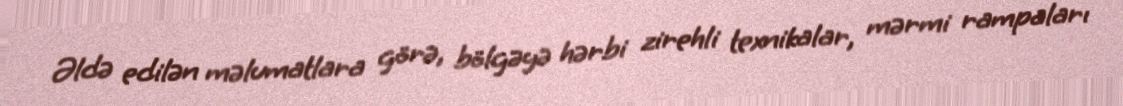
Əldə edilən məlumatlara görə, bölgəyə hərbi zirehli texnikalar, mərmi rampaları